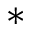
^ \mathrm { * }